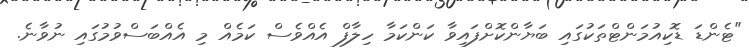
"ޓެންޑަ ޑޮކިއުމަންޓްތަކުގައި ބަޔާންކޮށްފައިވާ ކަންކަމާ ހިލާފް އެއްވެސް ކަމެއް މި އެއްބަސްވުމުގައި ނުވާނެ.